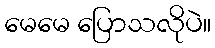
မေမေ ပြောသလိုပဲ။